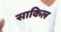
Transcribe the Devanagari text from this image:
साकिल